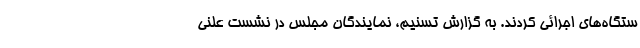
ستگاه‌های اجرائی کردند. به گزارش تسنیم، نمایندگان مجلس در نشست علنی